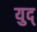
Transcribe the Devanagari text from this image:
युद्